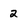
Character: 2